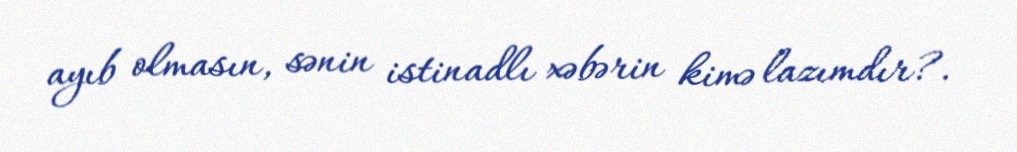
ayıb olmasın, sənin istinadlı xəbərin kimə lazımdır?.